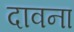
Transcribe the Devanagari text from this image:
दावना